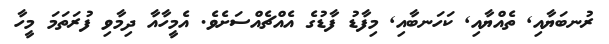
ރުނބަޔާއި